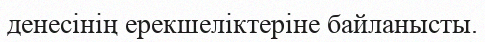
денесінің ерекшеліктеріне байланысты.